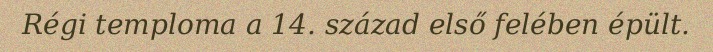
Régi temploma a 14. század első felében épült.